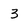
Character: 3